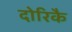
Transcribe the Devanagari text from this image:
दोरिकै